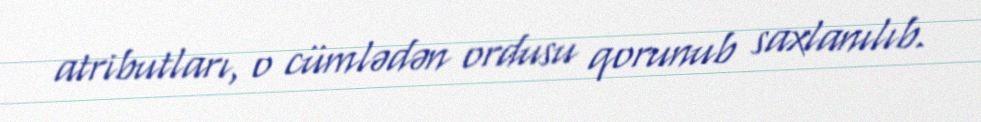
atributları, o cümlədən ordusu qorunub saxlanılıb.